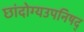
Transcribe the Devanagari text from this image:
छांदोग्यउपनिषद्